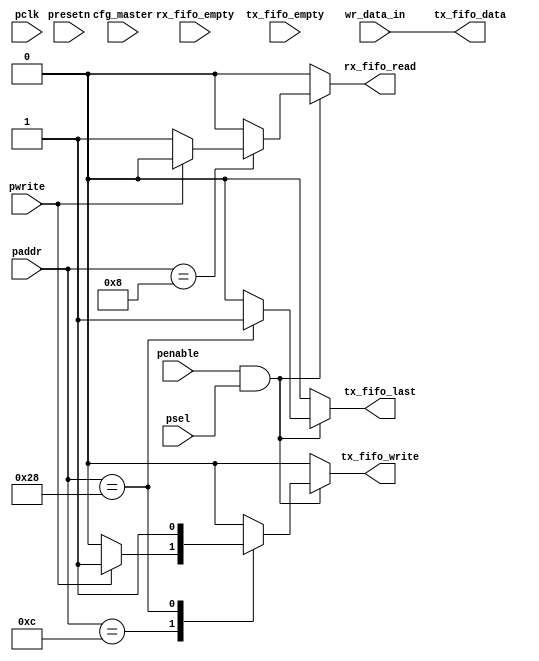
module spi_control # (
  parameter     CFG_FRAME_SIZE    = 4
)(  input         pclk,
                     input         presetn,
                     input         psel,
                     input         penable,
                     input         pwrite,
                     input  [6:0]  paddr,
                     input  [CFG_FRAME_SIZE-1:0] wr_data_in,
                     input         cfg_master,
                     input         rx_fifo_empty,
                     input         tx_fifo_empty,
                     output [CFG_FRAME_SIZE-1:0] tx_fifo_data,            
                     output        tx_fifo_write,           
                     output        tx_fifo_last,             
                     output        rx_fifo_read            
                );
reg tx_fifo_write_sig;
reg rx_fifo_read_sig;
reg tx_last_frame_sig;
assign tx_fifo_last   = tx_last_frame_sig;      
assign tx_fifo_data   = wr_data_in;
assign tx_fifo_write  = tx_fifo_write_sig;     
assign rx_fifo_read   = rx_fifo_read_sig;     
always @(*)
   begin
   rx_fifo_read_sig  = 1'b0;      
   tx_fifo_write_sig = 1'b0;      
   tx_last_frame_sig = 1'b0;      
   if (penable && psel)
      begin
      case (paddr) 
      6'h0C:	  
         begin
            if (pwrite)
               begin
                 tx_fifo_write_sig  = 1'b1;   
               end            
         end
      6'h08:    
         begin 
            if (~pwrite) 
            begin
                rx_fifo_read_sig = 1'b1;
            end
         end
      6'h28:    
        begin
          tx_fifo_write_sig  = 1'b1;   
          tx_last_frame_sig  = 1'b1;   
        end
      default:
         begin
         end
      endcase     
   end
end
endmodule